Jaan_Tonisson_(Lasteleht), lk 67
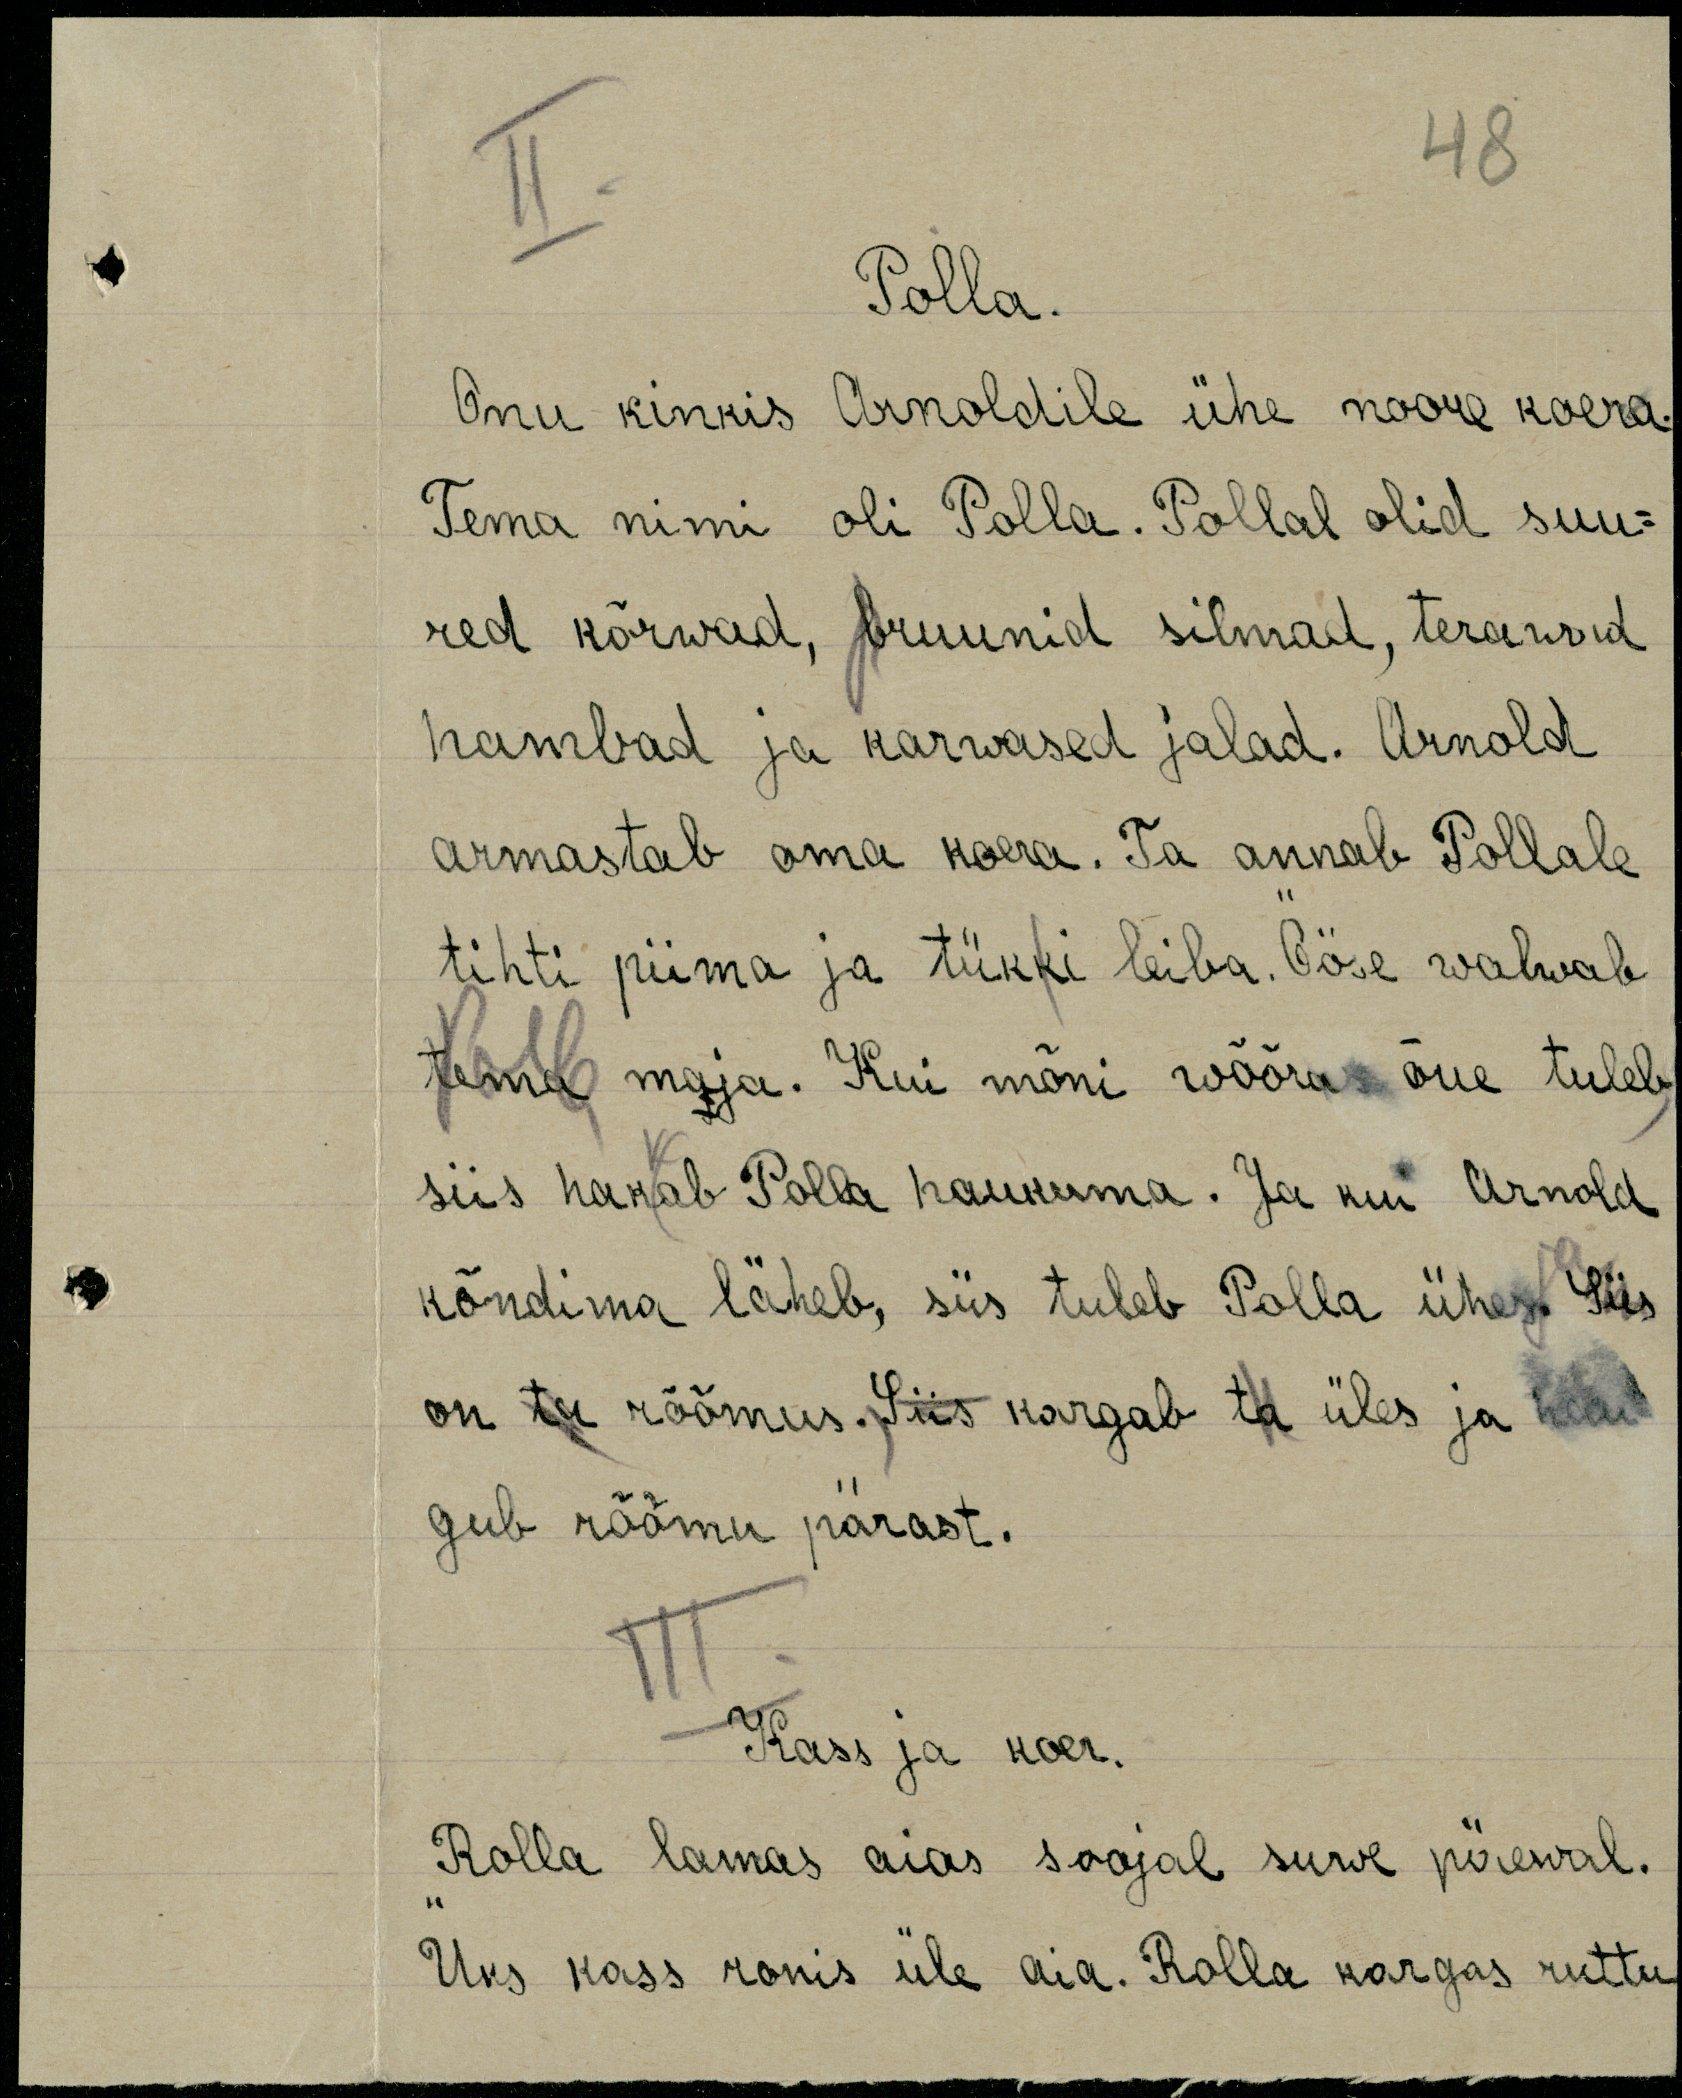
48
Polla.
Onu kinkis Arnoldile ühe noore koera.
Tema nimi oli Polla. Pollal olid suu=
red kõrwad, bruunid silmad, terawad
hambad ja karwased jalad. Arnold 
armastab oma koera. Ta annab Pollale
tihti piima ja tükki leiba. Ööse walwab
tema maja. Kui mõni wõõras õue tuleb
siis hakab Polla haukuma. Ja kui Arnold
kõndima läheb, siis tuleb Polla ühes. Siis
on ta rõõmus. Siis kargab ta üles ja hau
gub rõõmu pärast.
Kass ja koer.
Rolla lamas aias soojal suwe päewal.
Üks kass ronis üle aia. Rolla kargas ruttu